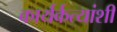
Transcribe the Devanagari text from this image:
कार्यर्कत्यांशी